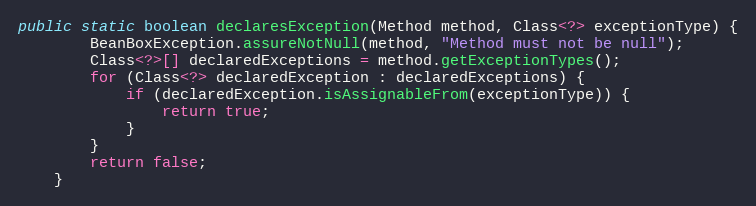
Language: Java
public static boolean declaresException(Method method, Class<?> exceptionType) {
		BeanBoxException.assureNotNull(method, "Method must not be null");
		Class<?>[] declaredExceptions = method.getExceptionTypes();
		for (Class<?> declaredException : declaredExceptions) {
			if (declaredException.isAssignableFrom(exceptionType)) {
				return true;
			}
		}
		return false;
	}